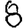
Digit: 8